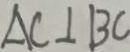
A C \bot B C